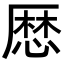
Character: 𢟍